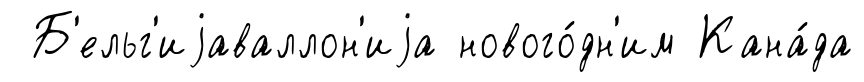
Б'ельг'иjаваллон'иjа нового́дн'им Кана́да